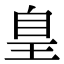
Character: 𦤃